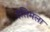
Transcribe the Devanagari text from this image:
इलिमला